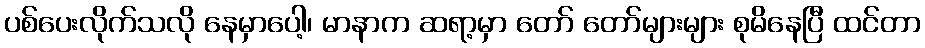
ပစ်ပေးလိုက်သလို နေမှာပေါ့၊ မာနာက ဆရာ့မှာ တော် တော်များများ စုမိနေပြီ ထင်တာ